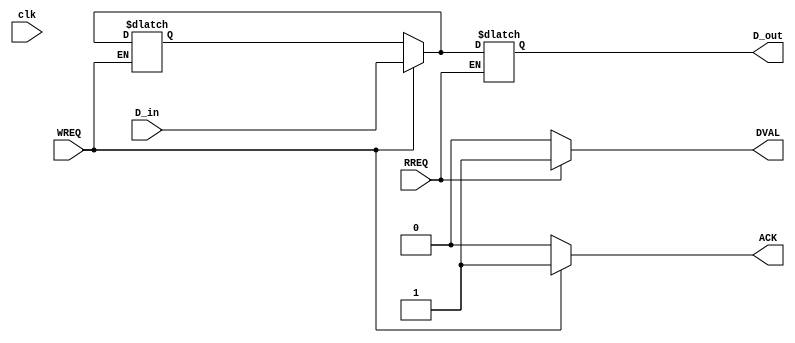
module memory_block (
    input wire clk,               // Clock signal (not used in asynchronous design)
    input wire WREQ,             // Write request from controller
    input wire RREQ,             // Read request from controller
    input wire [7:0] D_in,       // Data input from controller
    output reg [7:0] D_out,      // Data output to controller
    output reg ACK,              // Acknowledge signal
    output reg DVAL              // Data valid signal
);
    reg [7:0] memory [0:255];    // Simple memory array (256 bytes)
    reg [7:0] data_buffer;        // Buffer for data during write/read

    always @* begin
        // Default outputs
        ACK = 0;
        DVAL = 0;
        
        // Write operation
        if (WREQ) begin
            // Prepare to accept data
            ACK = 1; // Acknowledge the write request
            memory[0] = D_in; // Write data to memory (example address 0)
        end
        
        // Read operation
        if (RREQ) begin
            // Prepare data for reading
            data_buffer = memory[0]; // Read data from memory (example address 0)
            D_out = data_buffer; // Output the data
            DVAL = 1; // Indicate that data is valid
        end
    end
endmodule